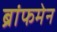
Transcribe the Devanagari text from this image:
ब्रांफमेन